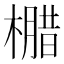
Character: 𭬄